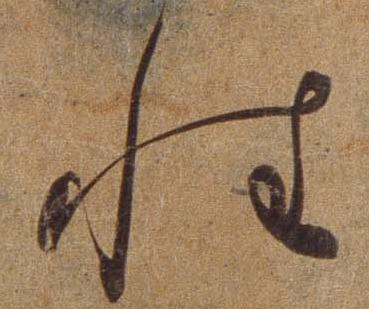
性